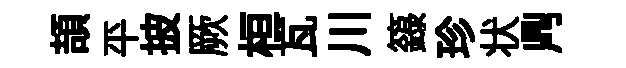
頡平披厥桓瓦川籙珍状𪔂